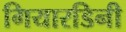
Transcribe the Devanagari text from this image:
गियारडिनी